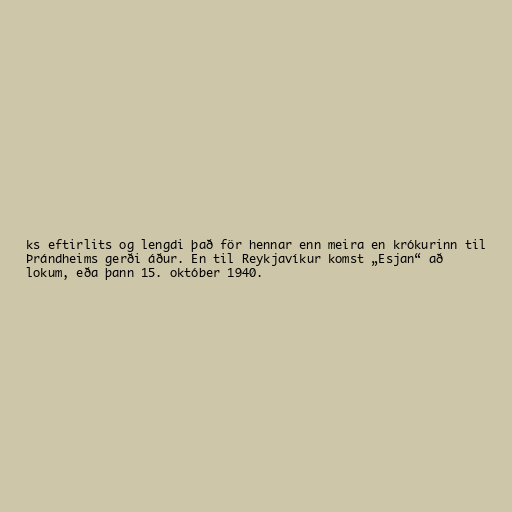
ks eftirlits og lengdi það för hennar enn meira en krókurinn til
Þrándheims gerði áður. En til Reykjavíkur komst „Esjan“ að
lokum, eða þann 15. október 1940.